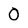
Character: 0